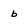
Character: b